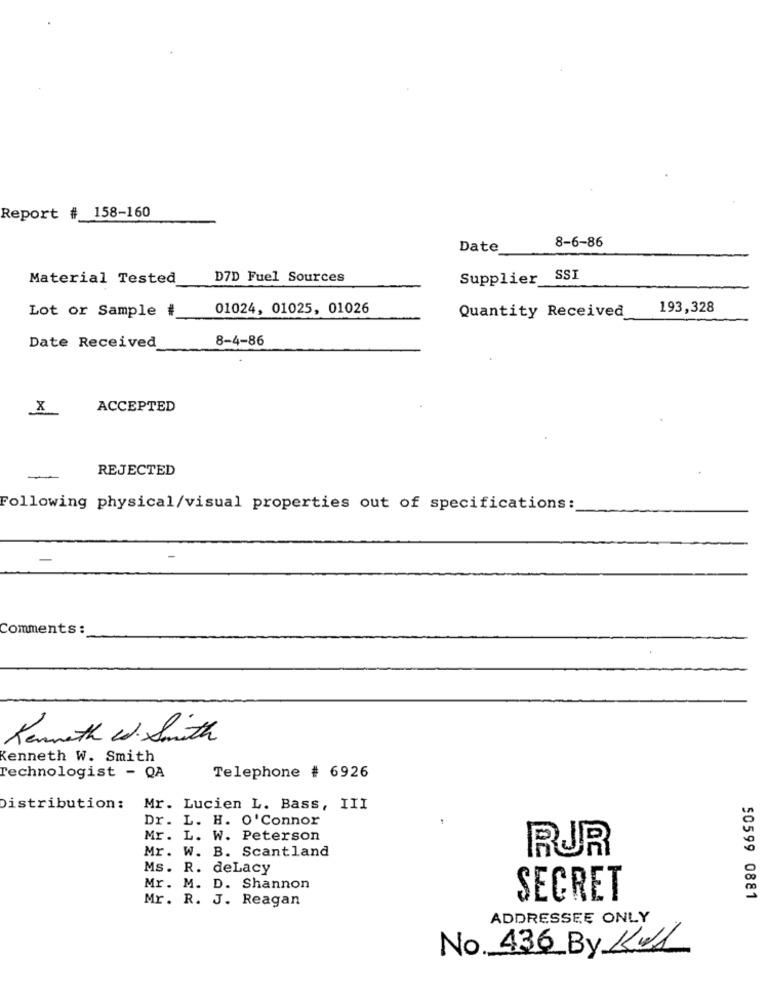
Report # 158-160
Date
8-6-86
Material Tested
D7D Fuel Sources
Supplier SSI
Lot or Sample #
01024, 01025, 01026
193,328
Quantity Received
8-4-86
Date Received
X
ACCEPTED
REJECTED
-
Following physical/visual properties out of specifications:
Comments :
Kenneth et. Smith
Kenneth W. Smith
Technologist - QA
Telephone # 6926
Distribution:
Mr. Lucien L. Bass, III
Dr. L. H. O'Connor
Mr. L. W. Peterson
Mr. W. B. Scantland
RUR
Ms. R. deLacy
Mr. M. D. Shannon
Mr. R. J. Reagan
SECRET
50599 0881
ADDRESSEE ONLY
No 436 By Kell